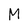
Character: M